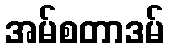
အမ်စတာဒမ်